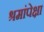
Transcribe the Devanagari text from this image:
श्रमांपेक्षा